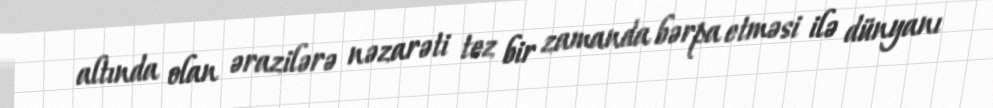
altında olan ərazilərə nəzarəti tez bir zamanda bərpa etməsi ilə dünyanı